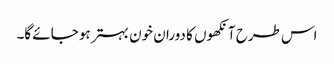
اس طرح آنکھوں کا دوران خون بہتر ہو جائے گا۔